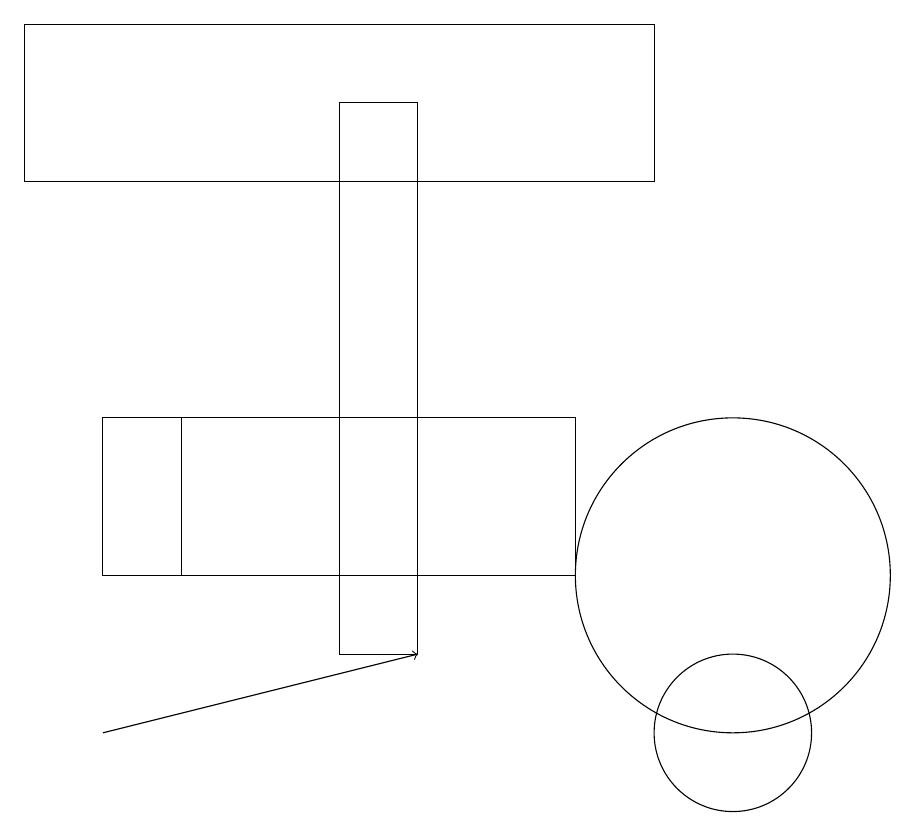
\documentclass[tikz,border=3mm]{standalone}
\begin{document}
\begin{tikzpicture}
\draw[->] (2,10) -- (6,11);
\draw (10,12) circle (2);
\draw (8,14) rectangle (2,12);
\draw (10,10) circle (1);
\draw (9,19) rectangle (1,17);
\draw (6,18) rectangle (5,11);
\draw (6,14) rectangle (3,12);
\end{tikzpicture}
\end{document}